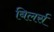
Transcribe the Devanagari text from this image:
बिलर्स